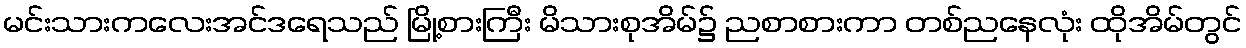
မင်းသားကလေးအင်ဒရေသည် မြို့စားကြီး မိသားစုအိမ်၌ ညစာစားကာ တစ်ညနေလုံး ထိုအိမ်တွင်